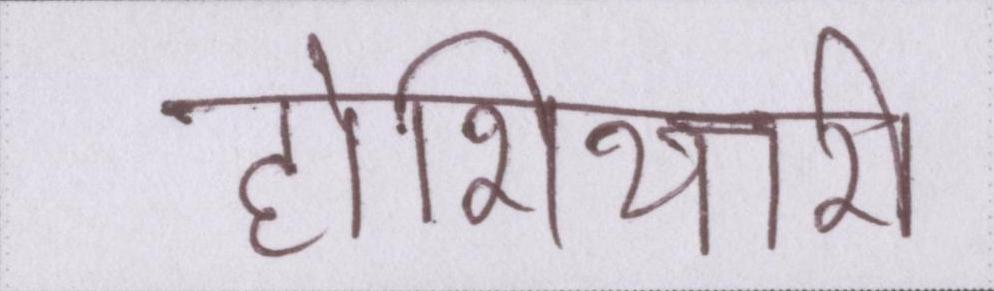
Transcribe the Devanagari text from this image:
होशियारी